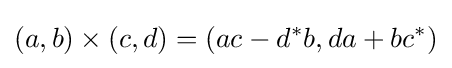
(a,b)\times (c,d)=(ac-d^{*}b,da+bc^{*})